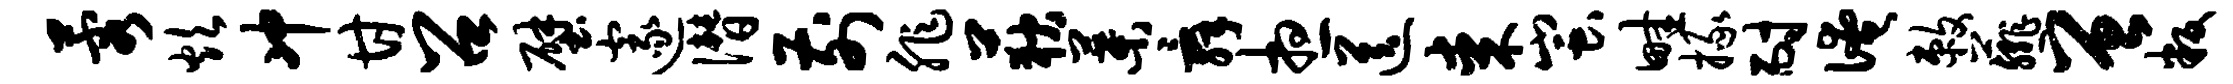
蓉炊冲甘召壁邃僭前非荻叶舜想送某蚩畦掾耐淹敕薤曾叛